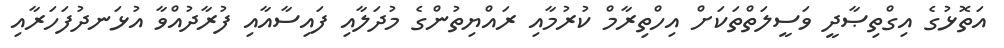
އަތޮޅުގެ އިގްތިޞާދީ ވަސީލަތްތަކަށް އިހްތިރާމް ކުރުމާއި ރައްޔިތުންގެ މުދަލާއި ފައިސާއާއި ފުރާދުއްވާ އުޅަނދުފަހަރާއި